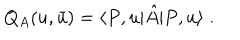
Q _ { A } ( u , \bar { u } ) = \langle P , u | \hat { A } | P , u \rangle \; .